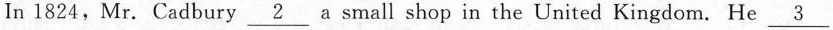
In 1824, Mr. Cadbury\underline{2} a small shop in the United Kingdom. He \underline{3}